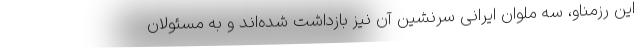
این رزمناو، سه ملوان ایرانی سرنشین آن نیز بازداشت شده‌اند و به مسئولان